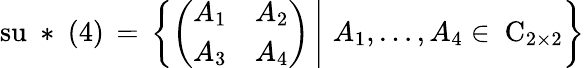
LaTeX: \mathrm{su~*~(4)}\, =\, \left\{ \left(\begin{array}{cc}{{A_{1}}}&{{A_{2}}}\\ {{A_{3}}}&{{A_{4}}}\end{array}\right)\, \right|\left.\vphantom{\left(\begin{array}{c}{{A_{1}}}\\ {{A_{3}}}\end{array}\right)}\, A_{1},\ldots,A_{4}\in\mathrm{\mathbf~C}_{2\times 2}\right\}